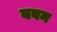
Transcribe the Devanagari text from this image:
ववन